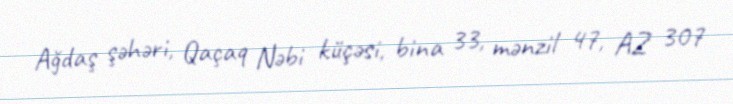
Ağdaş şəhəri, Qaçaq Nəbi küçəsi, bina 33, mənzil 47, AZ 307